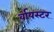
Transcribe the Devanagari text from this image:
र्वायस्टर